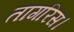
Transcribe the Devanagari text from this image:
तागरिस।